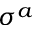
\sigma ^ { a }